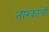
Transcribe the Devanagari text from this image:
तारकांची